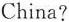
China?